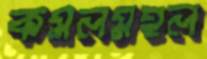
কমলমহল